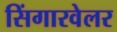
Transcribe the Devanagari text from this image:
सिंगारवेलर